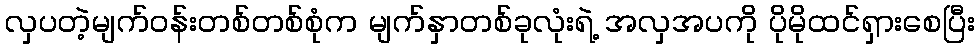
လှပတဲ့မျက်ဝန်းတစ်တစ်စုံက မျက်နှာတစ်ခုလုံးရဲ့ အလှအပကို ပိုမိုထင်ရှားစေပြီး